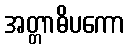
အတ္တာဓိပကော